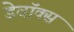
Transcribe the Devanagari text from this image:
डेवॉक्स